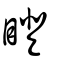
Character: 瞪